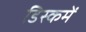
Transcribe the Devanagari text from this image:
डिस्कमें